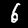
Label: 6